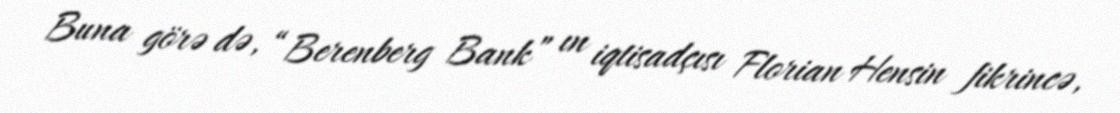
Buna görə də, “Berenberg Bank” ın iqtisadçısı Florian Hensin fikrincə,